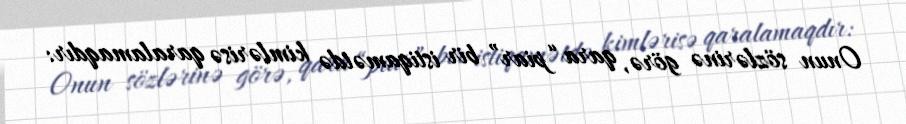
Onun sözlərinə görə, qara “piar” bir istiqamətdə kimlərisə qaralamaqdır: